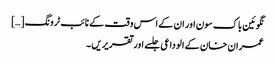
نگوئین باک سون اور ان کے اس وقت کے نائب ٹرونگ […]
عمران خان کے الوداعی جلسے اور تقریریں ۔